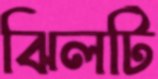
ঝিলটি